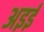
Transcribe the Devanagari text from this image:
अइई